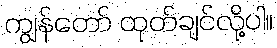
ကျွန်တော် ထုတ်ချင်လို့ပါ။